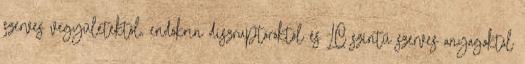
szerves vegyületektől, endokrin diszruptoroktól és LC szintű szerves anyagoktól